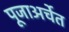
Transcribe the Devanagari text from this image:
पूजाअर्चेत